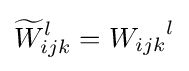
{{\widetilde {W}}_{ijk}}^{l}={W_{ijk}}^{l}